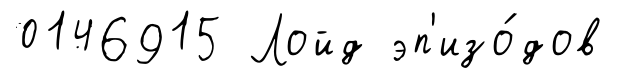
0146915 Лойд эп'изо́дов